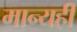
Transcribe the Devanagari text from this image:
मान्यही